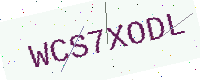
Text: WCS7XODL